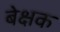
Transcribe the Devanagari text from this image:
बेक्षक